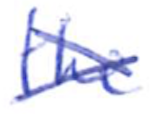
Text: The
Cross-out: cross
Writing tool: ballpoint